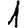
Digit: 1